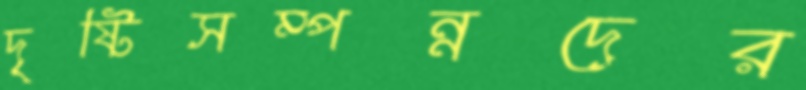
দৃষ্টিসম্পন্নদের